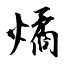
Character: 燏